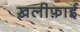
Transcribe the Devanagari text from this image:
ख़लीफ़ाई